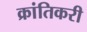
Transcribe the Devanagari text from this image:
क्रांतिकरी